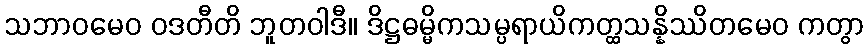
သဘာဝမေဝ ဝဒတီတိ ဘူတဝါဒီ။ ဒိဋ္ဌဓမ္မိကသမ္ပရာယိကတ္ထသန္နိဿိတမေဝ ကတွာ